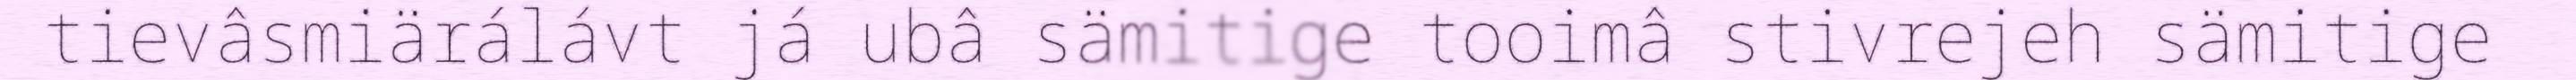
tievâsmiärálávt já ubâ sämitige tooimâ stivrejeh sämitige